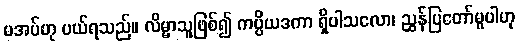
မအပ်ဟု ပယ်ရသည်။ လိမ္မာသူဖြစ်၍ ကပ္ပိယဒကာ ရှိပါသလော၊ ညွှန်ပြတော်မူပါဟု